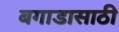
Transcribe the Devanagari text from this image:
बगाडासाठी